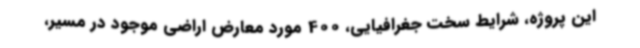
این پروژه، شرایط سخت جغرافیایی، 400 مورد معارض اراضی موجود در مسیر،